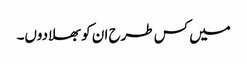
میں کس طرح ان کو بھلادوں۔